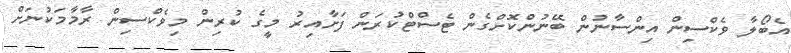
އެބޯލާ ވެކްސިން އިންސާނުން ބޭނުންކޮށްގެން ޓެސްޓްކުރަން ފަށާއިރު މީގެ ކުރިން މިވެކްސިން ރާމާމަކުނަށް